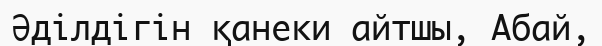
Әділдігін қанеки айтшы, Абай,